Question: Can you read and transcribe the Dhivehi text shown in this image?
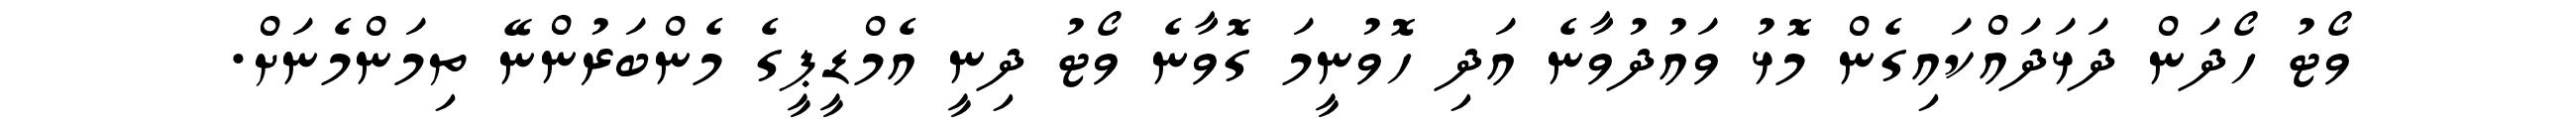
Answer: ވޯޓު ހޯދަން ދަޅަދައްކައިގެން މޮޅު ވައުދުވާނެ އަދި ހޮވުނީމަ ގޮވާނެ ވޯޓު ދިނީ އެމްޑީޕީގެ މެންބަރުންނޭ ތިމަންމެނަށް.